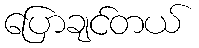
ပြောချင်တယ်